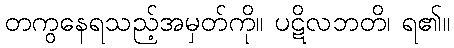
တကွနေရသည့်အမှတ်ကို။ ပဋိလဘတိ၊ ရ၏။